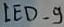
Text: LED_9